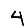
Digit: 4